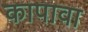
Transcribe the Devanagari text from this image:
कापावा